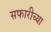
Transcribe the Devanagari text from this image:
सफारीच्या